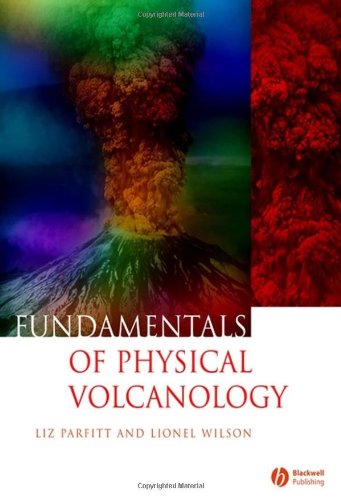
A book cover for Fundamentals of Physical Volcanology; Liz Parfitt; Science & Math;